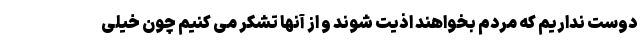
دوست نداریم که مردم بخواهند اذیت شوند و از آنها تشکر می کنیم چون خیلی